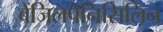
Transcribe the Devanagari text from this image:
बेंजिलपेनिसिलिन